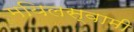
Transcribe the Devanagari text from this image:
मयिलस्वामी